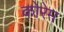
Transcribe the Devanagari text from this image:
कोरेम